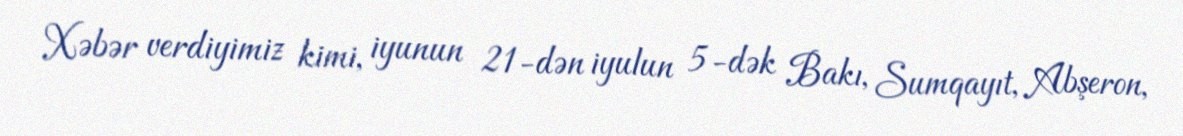
Xəbər verdiyimiz kimi, iyunun 21-dən iyulun 5-dək Bakı, Sumqayıt, Abşeron,